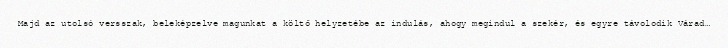
Majd az utolsó versszak, beleképzelve magunkat a költő helyzetébe az indulás, ahogy megindul a szekér, és egyre távolodik Várad…